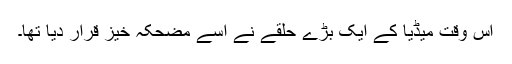
اس وقت میڈیا کے ایک بڑے حلقے نے اسے مضحکہ خیز قرار دیا تھا۔